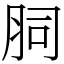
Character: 䏤